Report of the Indian Hemp Drugs Commission, 1894-1895 - Volume IV
Year: 1894
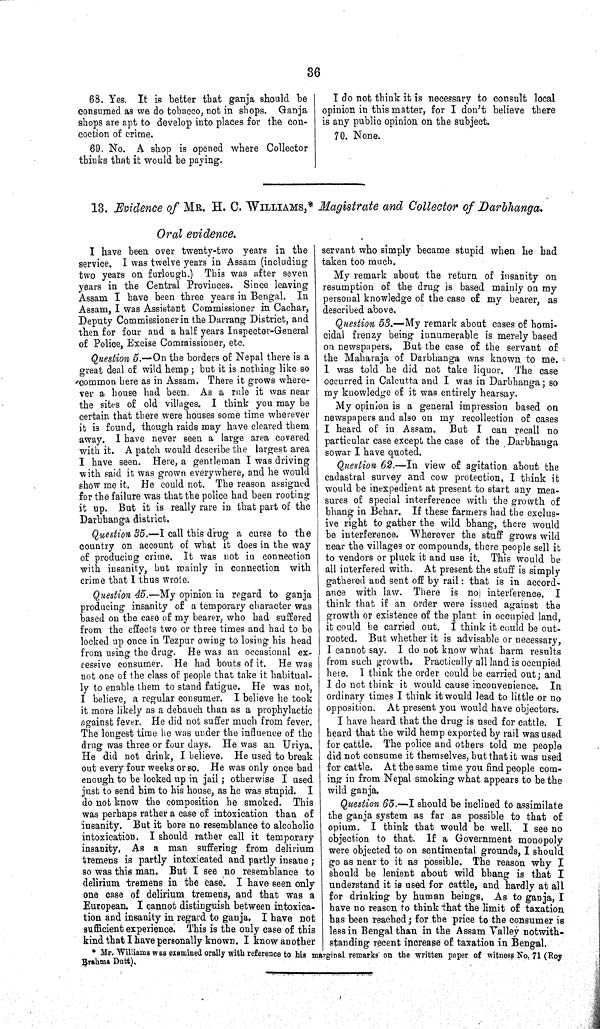
36
68. Yes. It is better that ganja should be
consumed as we do tobacco, not in shops. Ganja
shops are apt to develop into places for the con-
coction of crime.
69. No. A shop is opened where Collector
thinks that it would be paying.
I do not think it is necessary to consult local
opinion in this matter, for I don't believe there
is any public opinion on the subject.
70. None.
13. Evidence of MR. H. C. WILLIAMS,* Magistrate and Collector of Darbhanga.
Oral evidence.
I have been over twenty-two years in the
service, I was twelve years in Assam (including
two years on furlough.) This was after seven
years in the Central Provinces. Since leaving
Assam I have been three years in Bengal. In
Assam, I was Assistant Commissioner in Cachar,
Deputy Commissioner in the Darrang District, and
then for four and a half years Inspector-General
of Police, Excise Commissioner, etc.
Question 5.—On the borders of Nepal there is a
great deal of wild hemp; but it is nothing like so
common here as in Assam. There it grows where-
ver a house had been. As a rule it was near
the sites of old villages. I think you may be
certain that there were houses some time wherever
it is found, though raids may have cleared them
away. I have never seen a large area covered
with it. A patch would describe the largest area
I have seen. Here, a gentleman I was driving
with said it was grown everywhere, and he would
show me it. He could not. The reason assigned
for the failure was that the police had been rooting
it up. But it is really rare in that part of the
Darbhanga district.
Question 35.—I call this drug a curse to the
country on account of what it does in the way
of producing crime. It was not in connection
with insanity, but mainly in connection with
crime that I thus wrote.
Question 45.—My opinion in regard to ganja
producing insanity of a temporary character was
based on the case of my bearer, who had suffered
from the effects two or three times and had to be
locked up once in Tezpur owing to losing his head
from using the drug. He was an occasional ex-
cessive consumer. He had bouts of it. He was
not one of the class of people that take it habitual-
ly to enable them to stand fatigue. He was not,
I believe, a regular consumer. I believe he took
it more likely as a debauch than as a prophylactic
against fever. He did not suffer much from fever.
The longest time he was under the influence of the
drug was three or four days. He was an Uriya.
He did not drink, I believe. He used to break
out every four weeks or so. He was only once bad
enough to be locked up in jail; otherwise I used
just to send him to his house, as he was stupid.
I
do not know the composition he smoked. This
was perhaps rather a case of intoxication than of
insanity. But it bore no resemblance to alcoholic
intoxication. I should rather call it temporary
insanity. As a man suffering from delirium
tremens is partly intoxicated and partly insane;
so was this man. But I see no resemblance to
delirium tremens in the case. I have seen only
one case of delirium tremens, and that was a
European. I cannot distinguish between intoxica-
tion and insanity in regard to ganja. I have not
sufficient experience. This is the only case of this
kind that I have personally known. I know another
servant who simply became stupid when he had
taken too much.
My remark about the return of insanity on
resumption of the drug is based mainly on my
personal knowledge of the case of my bearer, as
described above.
Question 53.—My remark about cases of homi-
cidal frenzy being innumerable is merely based
on newspapers. But the case of the servant of
the Maharaja of Darbhanga was known to me.
I was told he did not take liquor. The case
occurred in Calcutta and I was in Darbhanga; so
my knowledge of it was entirely hearsay.
My opinion is a general impression based on
newspapers and also on my recollection of cases
I heard of in Assam.
But I can recall no
particular case except the case of the Darbhanga
sowar I have quoted.
Question 62.—In
view of agitation about the
cadastral survey and cow protection, I think it
would be inexpedient at present to start any mea-
sures of special interference with the growth of
bhang in Behar. If these farmers had the exclus-
ive right to gather the wild bhang, there would
be interference. Wherever the stuff grows wild
near the villages or compounds, there people sell it
to vendors or pluck it and use it. This would be
all interfered with. At present the stuff is simply
gathered and sent off by rail: that is in accord-
ance with law. There is no interference.
I
think that if an order were issued against the
growth or existence of the plant in occupied land,
it could be carried out. I think it could be out-
rooted. But whether it is advisable or necessary,
I cannot say. I do not know what harm results
from such growth. Practically all land is occupied
here. I think the order could be carried out; and
I do not think it would cause inconvenience.
In
ordinary times I think it would lead to little or no
opposition. At present you would have objectors.
I have heard that the drug is used for cattle. I
heard that the wild hemp exported by rail was used
for cattle. The police and others told me people
did not consume it themselves, but that it was used
for cattle. At the same time you find people com-
ing in from Nepal smoking what appears to be the
wild ganja.
Question 65.—I should be inclined to assimilate
the ganja system as far as possible to that of
opium. I think that would be well. I see no
objection to that. If a Government monopoly
were objected to on sentimental grounds, I should
go as near to it as possible. The reason why I
should be lenient about wild bhang is that I
understand it is used for cattle, and hardly at all
for drinking by human beings. As to ganja, I
have no reason to think that the limit of taxation
has been reached; for the price to the consumer is
less in Bengal than in the Assam Valley notwith-
standing recent increase of taxation in Bengal.
* Mr. Williams was examined orally with reference to his marginal remarks on the written paper of witness No. 71 (Roy
Brahma Dutt).